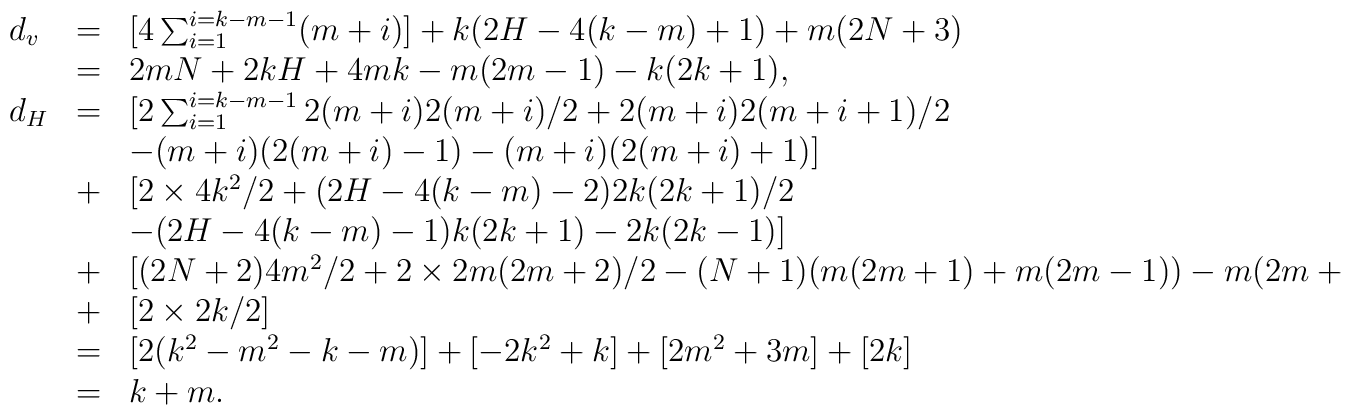
\begin{array}{lll}d_v & = & [4\sum_{i=1}^{i=k-m-1} (m+i) ]+k(2H-4(k-m) +1) +m(2N+3)\\    & = & 2mN+2kH+4mk-m(2m-1) -k(2k+1) , \\d_H & = & [2\sum_{i=1}^{i=k-m-1} 2(m+i) 2(m+i) /2+2(m+i) 2(m+i+1)/2\\    &  &  -(m+i) (2(m+i) -1) -(m+i) (2(m+i) +1) ]  \\    & + & [2\times 4k^2/2+(2H-4(k-m) -2) 2k(2k+1) /2 \\        & & -(2H-4(k-m) -1) k(2k+1) -2k(2k-1) ]  \\    & + & [(2N+2) 4m^2/2+2\times 2m(2m+2) /2-(N+1) (m(2m+1) +m(2m-1) ) -m(2m+1) ] \\    & + & [2\times 2k/2]   \\    & = & [2(k^2-m^2-k-m) ]+[-2k^2+k]+[2m^2+3m]+[2k]  \\    & = & k+m.\end{array}